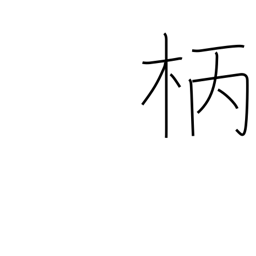
Meaning: shaft